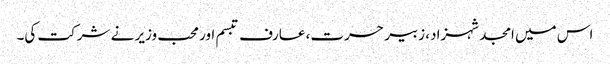
اس میں امجد شہزاد، زبیر حسرت، عارف تبسم اور محب وزیر نے شرکت کی۔